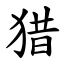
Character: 猎